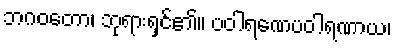
ဘဂဝတော၊ ဘုရားရှင်၏။ ပဝါရဏေပဝါရဏာယ၊